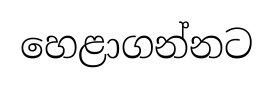
හෙළාගන්නට